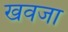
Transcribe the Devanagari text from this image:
खवजा